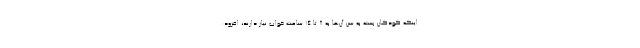
اینکه کودکان بسته به سن آن‌ها به ۸ تا ۱۴ ساعت خواب نیاز دارند، افزود: